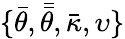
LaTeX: \{ \bar{\theta},\bar{\bar{\theta}},\bar{\kappa},\upsilon\}